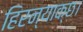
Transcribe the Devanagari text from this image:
हिरन्याक्छ।